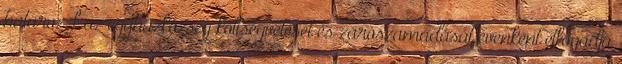
határoz, f az egyházközség költségvetését és zárószámadását évenként elfogadja